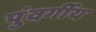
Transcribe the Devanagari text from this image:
पुंवर्गीय